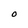
Character: O